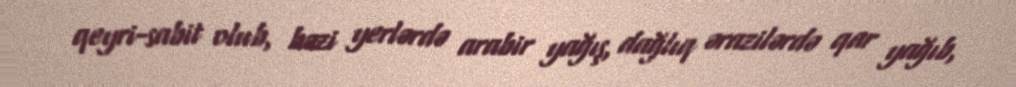
qeyri-sabit olub, bəzi yerlərdə arabir yağış, dağlıq ərazilərdə qar yağıb,